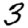
Digit: 3